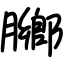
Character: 膷